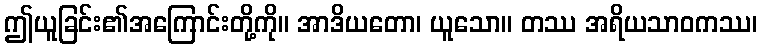
ဤယူခြင်း၏အကြောင်းတို့ကို။ အာဒိယတော၊ ယူသော။ တဿ အရိယသာဝကဿ၊